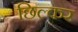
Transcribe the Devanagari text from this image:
छिल्कर